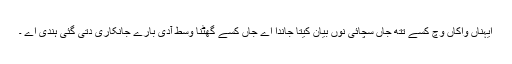
ایہناں واکاں وچ کسے تتھّ جاں سچائی نوں بیان کیتا جاندا اے جاں کسے گھٹنا وسط آدی بارے جانکاری دتی گئی ہندی اے ۔